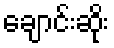
ချောင်းဆိုး